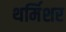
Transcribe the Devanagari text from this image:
थर्मिशर